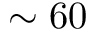
\sim 6 0